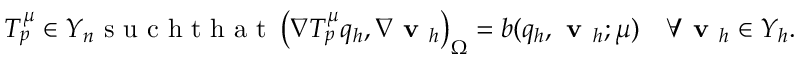
T _ { p } ^ { \mu } \in Y _ { n } \mathrm { ~ s ~ u ~ c ~ h ~ t ~ h ~ a ~ t ~ } \left( \nabla T _ { p } ^ { \mu } q _ { h } , \nabla \textbf { v } _ { h } \right) _ { \Omega } = b ( q _ { h } , \textbf { v } _ { h } ; \mu ) \quad \forall \textbf { v } _ { h } \in Y _ { h } .